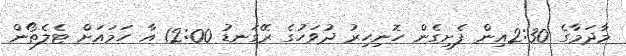
މާދަމާގެ 2:30އިން ފެށިގެން ހޮނިހިރު ދުވަހުގެ ރޭގަނޑު 12:00 އާ ހަމައަށް ޓެލެތޯން